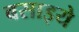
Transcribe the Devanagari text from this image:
बसाइये